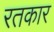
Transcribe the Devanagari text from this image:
रतकार